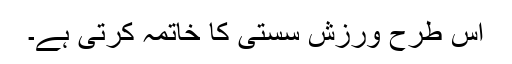
اس طرح ورزش سستی کا خاتمہ کرتی ہے۔